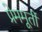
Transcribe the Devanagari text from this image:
प्रेममूर्ती